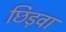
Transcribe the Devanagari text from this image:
छिड़वा